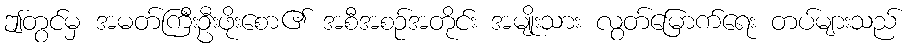
ဤတွင်မှ အမတ်ကြီးဦးဖိုးစော၏ အစီအစဉ်အတိုင်း အမျိုးသား လွတ်မြောက်ရေး တပ်များသည်